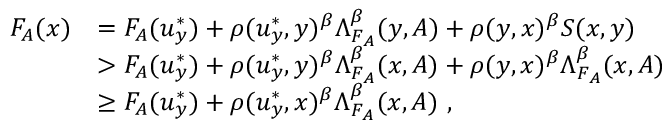
\begin{array} { r l } { F _ { A } ( x ) } & { = F _ { A } ( u _ { y } ^ { * } ) + \rho ( u _ { y } ^ { * } , y ) ^ { \beta } \Lambda _ { F _ { A } } ^ { \beta } ( y , A ) + \rho ( y , x ) ^ { \beta } S ( x , y ) } \\ & { > F _ { A } ( u _ { y } ^ { * } ) + \rho ( u _ { y } ^ { * } , y ) ^ { \beta } \Lambda _ { F _ { A } } ^ { \beta } ( x , A ) + \rho ( y , x ) ^ { \beta } \Lambda _ { F _ { A } } ^ { \beta } ( x , A ) } \\ & { \geq F _ { A } ( u _ { y } ^ { * } ) + \rho ( u _ { y } ^ { * } , x ) ^ { \beta } \Lambda _ { F _ { A } } ^ { \beta } ( x , A ) ~ , } \end{array}